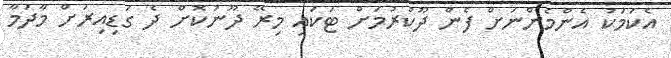
އެކަމަކު އެންމެންނަށް ފެން ދޫކުރުމަށް ޓަކައި މިރޭ ދޫނުކޮށް ދެ ގަޑިއިރަށް މާދަމާ